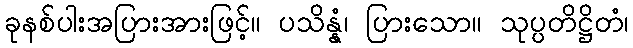
ခုနစ်ပါးအပြားအားဖြင့်။ ပသိန္နံ၊ ပြားသော။ သုပ္ပတိဋ္ဌိတံ၊